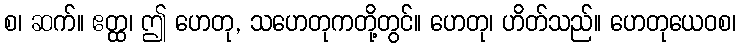
စ၊ ဆက်။ ဧတ္ထ၊ ဤ ဟေတု, သဟေတုကတို့တွင်။ ဟေတု၊ ဟိတ်သည်။ ဟေတုယေဝစ၊